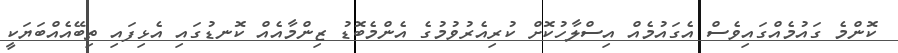
ކޮންމެ ގައުމެއްގައިވެސް އެގައުމެއް އިސްލާހުކޮށް ކުރިއެރުވުމުގެ އެންމެބޮޑު ޒިންމާއެއް ކޮނޑުގައި އެޅިފައި ތިބޭއެއްބަޔަކީ